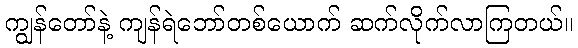
ကျွန်တော်နဲ့ ကျန်ရဲဘော်တစ်ယောက် ဆက်လိုက်လာကြတယ်။